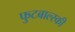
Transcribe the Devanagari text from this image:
फुटबाल्स्की